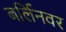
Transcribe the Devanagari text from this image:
बर्लिनवर